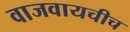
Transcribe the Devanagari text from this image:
वाजवायचीच